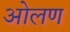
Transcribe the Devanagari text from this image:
ओलण